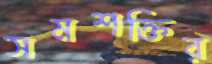
সমশক্তির